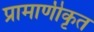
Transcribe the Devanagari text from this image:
प्रामाणीकृत